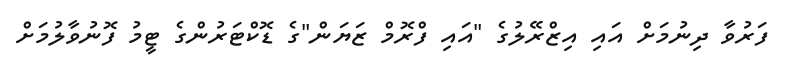
ފަރުވާ ދިނުމަށް އައި އިޒްރޭލުގެ "އައި ފްރޮމް ޒަޔަން"ގެ ޑޮކްޓަރުންގެ ޓީމު ފޮނުވާލުމަށް